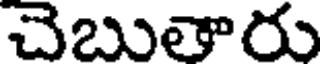
చెబుతారు